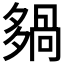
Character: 𡖿